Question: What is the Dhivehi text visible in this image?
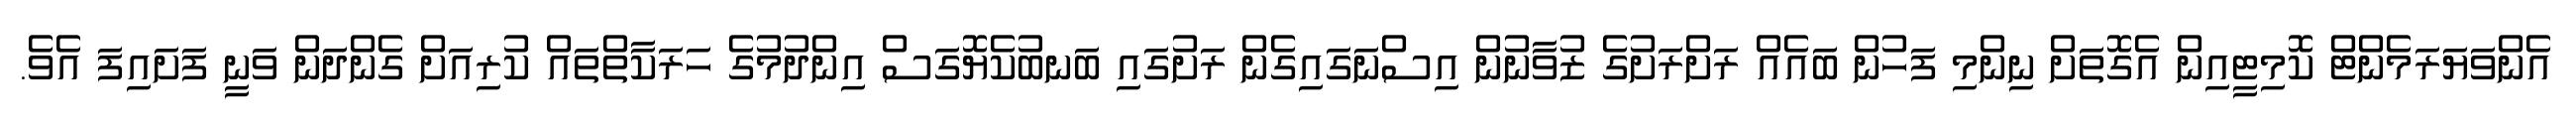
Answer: އެންވަޔަރަމެންޓް ކޮމިޓީއިން އެގޮތަށް ނިންމި ފަހުން ބައެއް ރަށްރަށުގެ ޒުވާނުން އިސްނަގައިގެން ރަށުގައި ބަނބުކެޔޮގަސް އިންދުމުގެ ހަރަކާތްތައް ކުރިއަށް ގެންދަން ވަނީ ފަށައިފަ އެވެ.